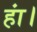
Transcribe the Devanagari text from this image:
हां।